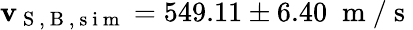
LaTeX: \mathbf{v}_{\mathrm{{~S~}},\mathrm{{~B~}},\mathrm{{~s~i~m~}}}=549.11\pm6.40\; \mathrm{{~m~}}/\mathrm{{~s~}}